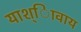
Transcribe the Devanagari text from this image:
याश्ािवाय